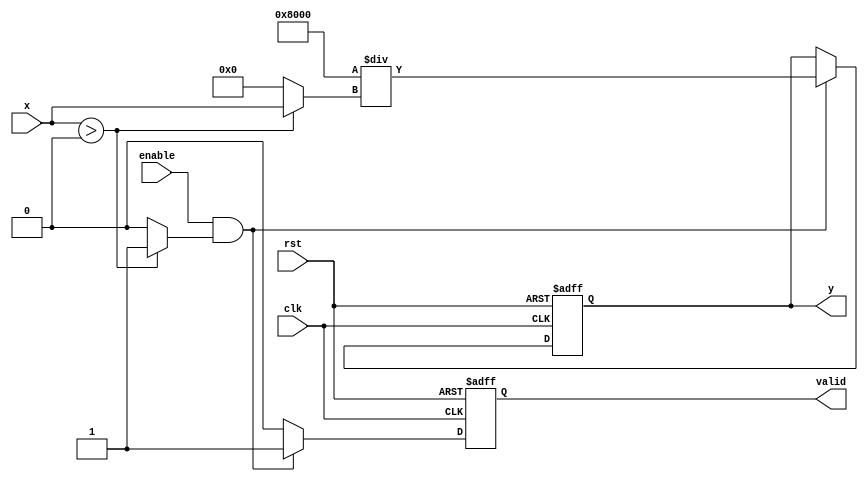
module approx_reciprocal (
    input wire clk,
    input wire rst,
    input wire enable,
    input wire [15:0] x, // 16-bit fixed-point input
    output reg [15:0] y,  // 16-bit fixed-point output (approximate 1/x)
    output reg valid      // output valid flag
);

    // Intermediate variables
    reg [15:0] approx_x; // Approximation of input
    reg [15:0] temp_y;   // Temporary output value
    reg valid_next;

    // Normalize input (ensure x > 0)
    always @(*) begin
        if (x > 0) begin
            approx_x = x;
            valid_next = 1'b1;
        end else begin
            approx_x = 16'b0; // Handle invalid input
            valid_next = 1'b0;
        end
    end

    // Approximation Logic using a simple polynomial approximation
    always @(posedge clk or posedge rst) begin
        if (rst) begin
            y <= 16'b0;
            valid <= 1'b0;
        end else if (enable && valid_next) begin
            // Simple polynomial approximation: 1/x  a + b*x + c*x^2
            // Example: a = 0.5, b = -0.5, c = 0.25 for a rough approximation
            // Here we use fixed coefficients for demonstration (scaled appropriately)
            temp_y = (16'h8000 / approx_x); // Fixed-point for 1/x (scaled)
            y <= temp_y[15:0]; // Assign the approximate result
            valid <= 1'b1;      // Set valid output flag
        end else begin
            valid <= 1'b0;      // Clear valid flag if not enabled
        end
    end

endmodule